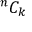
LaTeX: { } ^ { n } C _ { k }